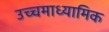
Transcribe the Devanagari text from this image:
उच्चमाध्यामिक